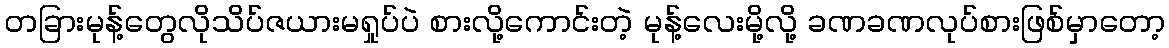
တခြားမုန့်တွေလိုသိပ်ဇယားမရှုပ်ပဲ စားလို့ကောင်းတဲ့ မုန့်လေးမို့လို့ ခဏခဏလုပ်စားဖြစ်မှာတော့